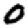
Digit: 0